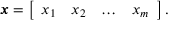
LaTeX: { \boldsymbol { x } } = { \left[ \begin{array} { l l l l } { x _ { 1 } } & { x _ { 2 } } & { \dots } & { x _ { m } } \end{array} \right] } \, .